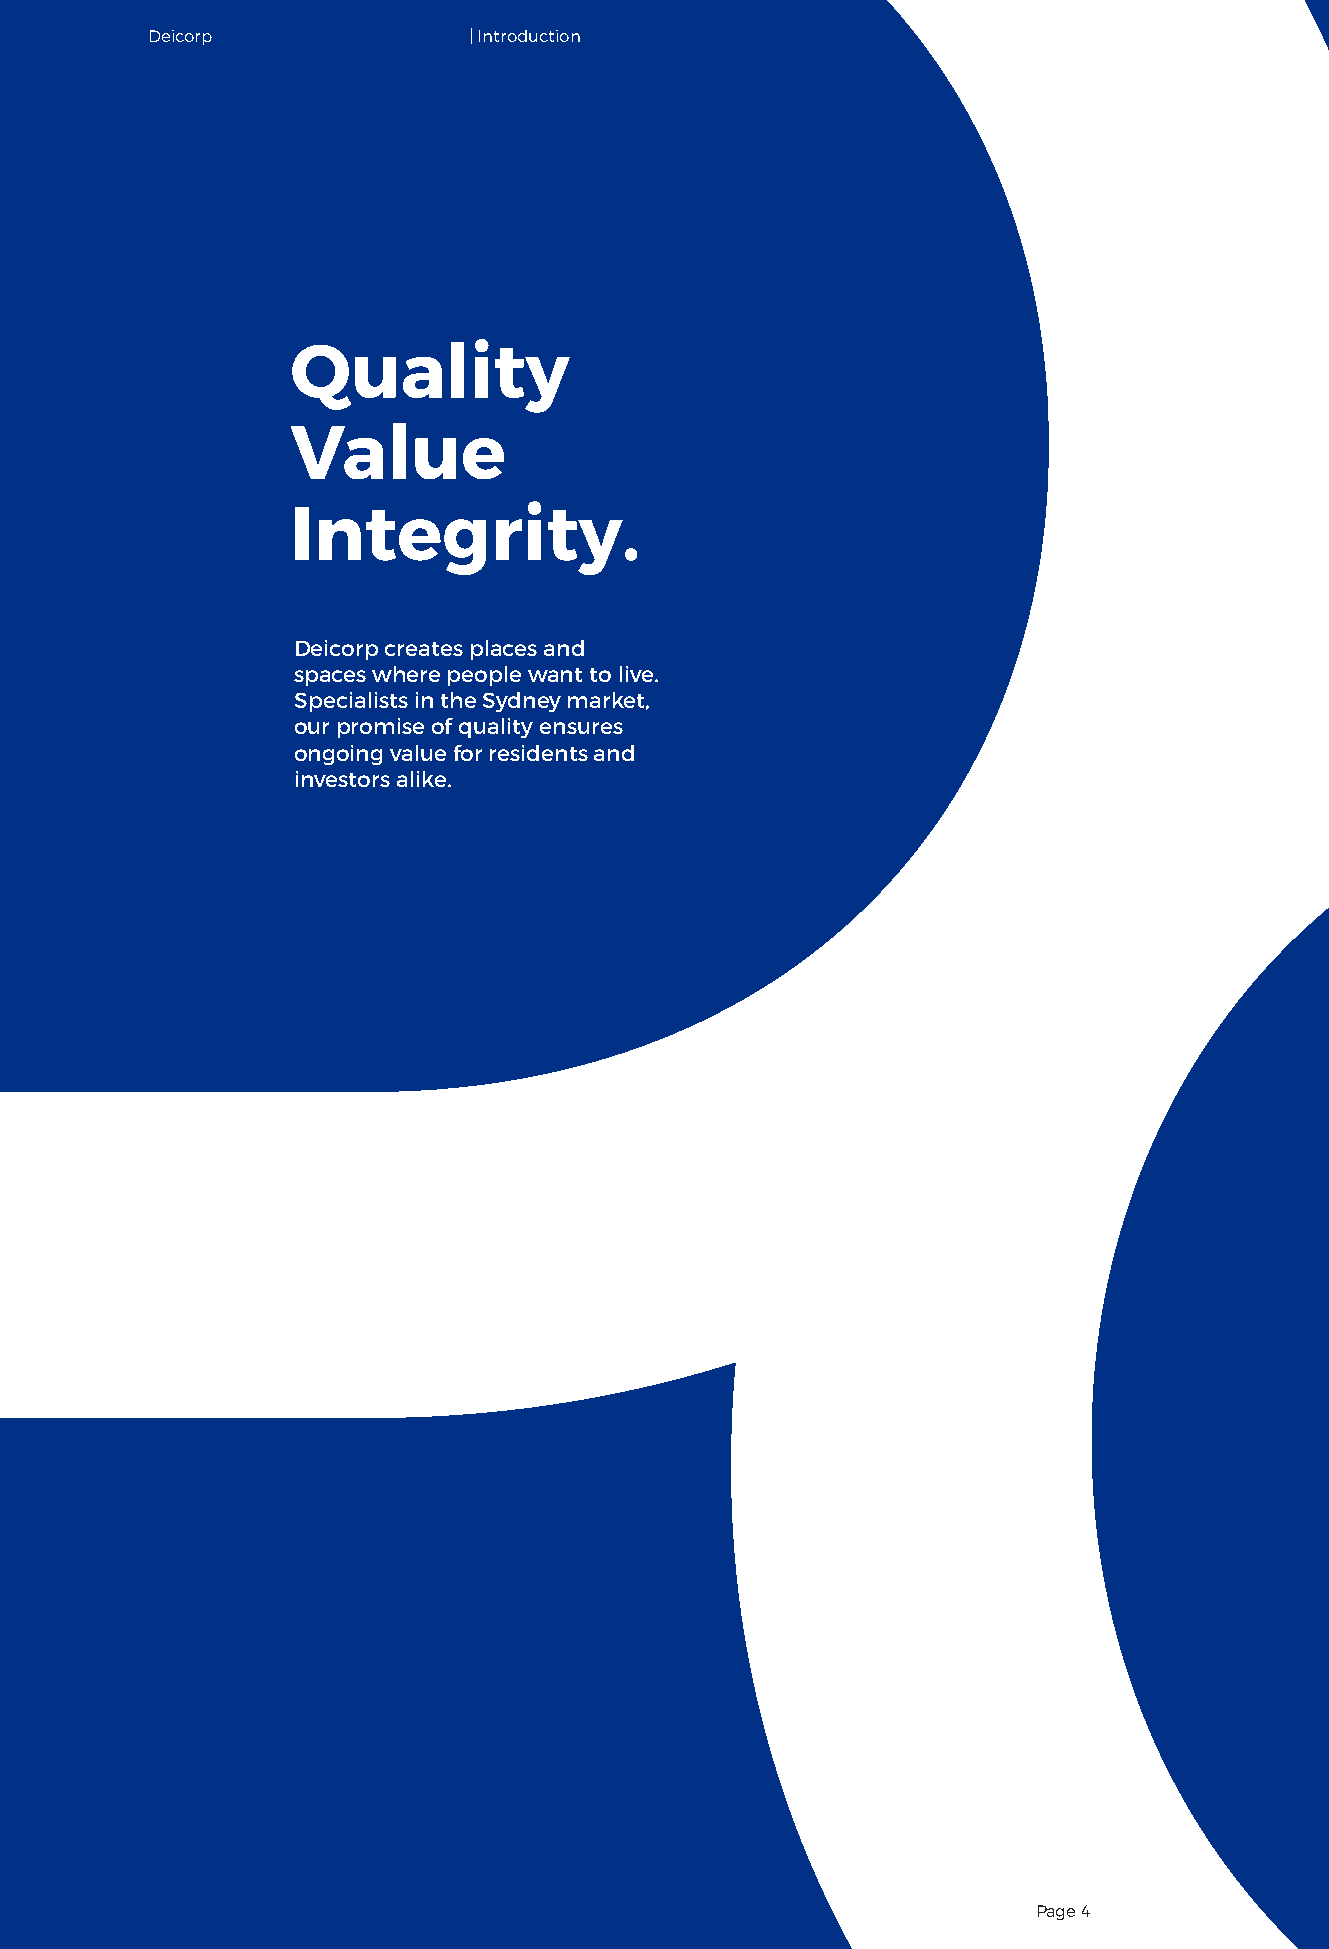
Deicorp              | Introduction
 Quality
 Value
 Integrity.
 Deicorp creates places and
 spaces where people want to live.
 Specialists in the Sydney market,
 our promise of quality ensures
 ongoing value for residents and
 investors alike.
 Page 4